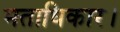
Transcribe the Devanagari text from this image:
मताधिकार।